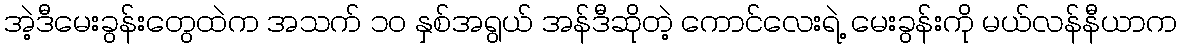
အဲ့ဒီမေးခွန်းတွေထဲက အသက် ၁၀ နှစ်အရွယ် အန်ဒီဆိုတဲ့ ကောင်လေးရဲ့ မေးခွန်းကို မယ်လန်နီယာက